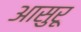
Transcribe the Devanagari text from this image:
आसुरू